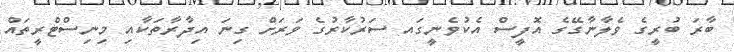
ބާރަ ބުރީގެ ވެލާނާގޭގެ އޮފީސް އެކުވެނީގައ ސަރުކާރުގެ ވަރަށް ގިނަ އިދާރާތަކާއި މިނިސްޓްރީތައް